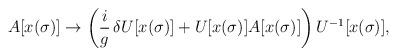
LaTeX: \begin{align*}A[x(\sigma)]\rightarrow\left(\frac{i}{g}\,\delta U[x(\sigma)] +U[x(\sigma)]A[x(\sigma)]\right)U^{-1}[x(\sigma)],\end{align*}